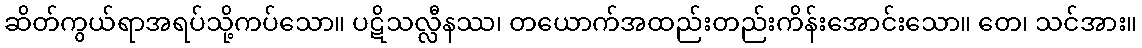
ဆိတ်ကွယ်ရာအရပ်သို့ကပ်သော။ ပဋိသလ္လီနဿ၊ တယောက်အထည်းတည်းကိန်းအောင်းသော။ တေ၊ သင်အား။